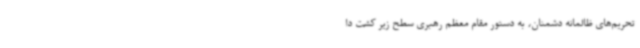
تحریم‌های ظالمانه دشمنان، به دستور مقام معظم رهبری سطح زیر کشت دا